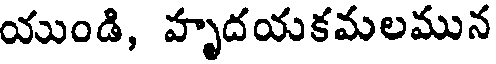
యుండి, హృదయకమలమున